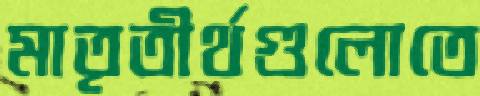
মাতৃতীর্থগুলোতে